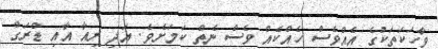
ވާހަކަތަކުގެ އެއްވެސް ހެއްކެއް ވެސް ނެތް ކަމަށެވެ. އަދި ރިއާ އާއި ޑްރަގް